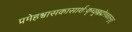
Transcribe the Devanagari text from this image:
प्रमेहश्वासकासार्शःकृच्छ्रहृद्रोगवातनुत्